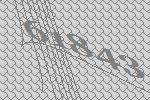
61843